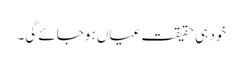
خود ہی حقیقت عیاں ہوجائے گی۔